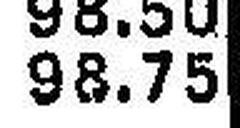
98.75